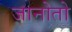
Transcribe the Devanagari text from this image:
जानोतो